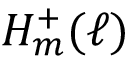
H _ { m } ^ { + } ( \ell )